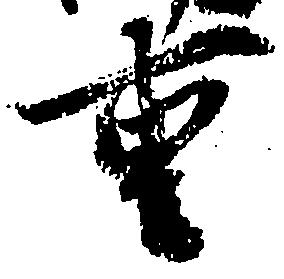
重